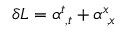
\delta { \cal L } = \alpha _ { \; , t } ^ { t } + \alpha _ { \; , x } ^ { x }